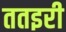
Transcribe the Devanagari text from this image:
ततइरी